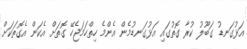
އަޅުގަނޑު ގަބޫލު ކުރާ ގޮތުގައި އަޅުގަނޑުމެން އެންމެ ހިތްހަމަޖެހޭ ގޮތަށް އެކަން އެގޮތަކަށް